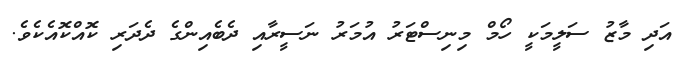
އަދި މާޒު ސަލީމަކީ ހޯމް މިނިސްޓަރު އުމަރު ނަސީރާއި ދެބެއިންގެ ދެދަރި ކޮއްކޮއެކެވެ.